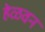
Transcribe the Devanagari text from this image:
हेळवन